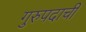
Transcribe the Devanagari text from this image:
गुरुपदाची